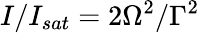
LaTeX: I/I_{sat}=2\Omega^{2}/\Gamma^{2}